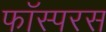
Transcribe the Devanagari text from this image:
फॉस्परस